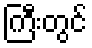
ကြီးတွင်